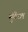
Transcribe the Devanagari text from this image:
मुंबैउल